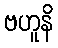
ဗဟူနိ